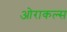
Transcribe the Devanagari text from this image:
ओराकल्स